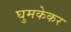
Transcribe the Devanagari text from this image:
घुमकेकर